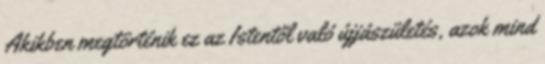
Akikben megtörténik ez az Istentől való újjászületés, azok mind